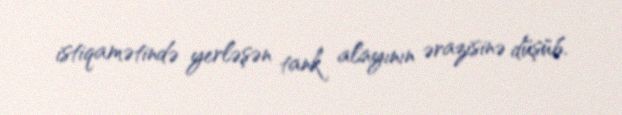
istiqamətində yerləşən tank alayının ərazisinə düşüb.